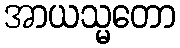
အာယသ္မတော